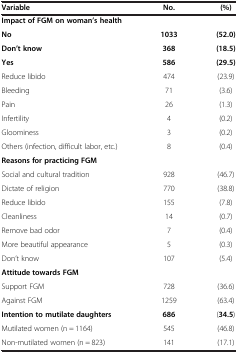
<table><thead><tr><td><b>Variable</b></td><td><b>No.</b></td><td><b>(%)</b></td></tr></thead><tbody><tr><td><b>Impact of FGM on woman’s health</b></td><td>[EMPTY_CELL]</td><td>[EMPTY_CELL]</td></tr><tr><td><b>No</b></td><td><b>1033</b></td><td><b>(52.0)</b></td></tr><tr><td><b>Don’t know</b></td><td><b>368</b></td><td><b>(18.5)</b></td></tr><tr><td><b>Yes</b></td><td><b>586</b></td><td><b>(29.5)</b></td></tr><tr><td>Reduce libido</td><td>474</td><td>(23.9)</td></tr><tr><td>Bleeding</td><td>71</td><td>(3.6)</td></tr><tr><td>Pain</td><td>26</td><td>(1.3)</td></tr><tr><td>Infertility</td><td>4</td><td>(0.2)</td></tr><tr><td>Gloominess</td><td>3</td><td>(0.2)</td></tr><tr><td>Others (infection, difficult labor, etc.)</td><td>8</td><td>(0.4)</td></tr><tr><td><b>Reasons for practicing FGM</b></td><td>[EMPTY_CELL]</td><td>[EMPTY_CELL]</td></tr><tr><td>Social and cultural tradition</td><td>928</td><td>(46.7)</td></tr><tr><td>Dictate of religion</td><td>770</td><td>(38.8)</td></tr><tr><td>Reduce libido</td><td>155</td><td>(7.8)</td></tr><tr><td>Cleanliness</td><td>14</td><td>(0.7)</td></tr><tr><td>Remove bad odor</td><td>7</td><td>(0.4)</td></tr><tr><td>More beautiful appearance</td><td>5</td><td>(0.3)</td></tr><tr><td>Don’t know</td><td>107</td><td>(5.4)</td></tr><tr><td><b>Attitude towards FGM</b></td><td>[EMPTY_CELL]</td><td>[EMPTY_CELL]</td></tr><tr><td>Support FGM</td><td>728</td><td>(36.6)</td></tr><tr><td>Against FGM</td><td>1259</td><td>(63.4)</td></tr><tr><td><b>Intention to mutilate daughters</b></td><td><b>686</b></td><td>(<b>34.5</b>)</td></tr><tr><td>Mutilated women (n = 1164)</td><td>545</td><td>(46.8)</td></tr><tr><td>Non-mutilated women (n = 823)</td><td>141</td><td>(17.1)</td></tr></tbody></table>